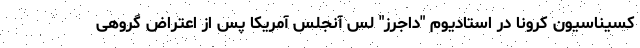
کسیناسیون کرونا در استادیوم "داجرز" لس آنجلس آمریکا پس از اعتراض گروهی